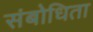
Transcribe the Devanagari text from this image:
संबोधिता